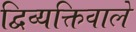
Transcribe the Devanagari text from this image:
द्विव्यक्तिवाले